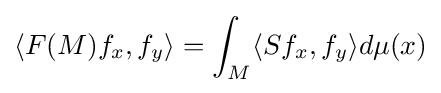
\langle F(M)f_{x},f_{y}\rangle =\int _{M}\langle Sf_{x},f_{y}\rangle d\mu (x)